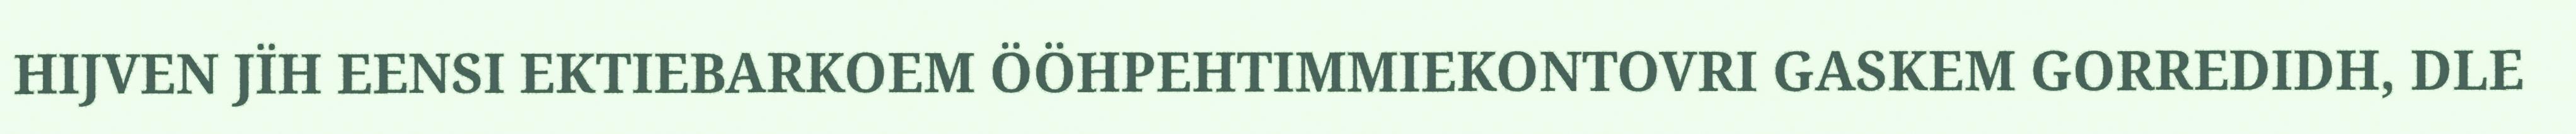
HIJVEN JÏH EENSI EKTIEBARKOEM ÖÖHPEHTIMMIEKONTOVRI GASKEM GORREDIDH, DLE